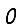
Digit: 0